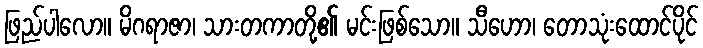
ဖြည်ပါလော။ မိဂရာဇာ၊ သားတကာတို့၏ မင်းဖြစ်သော။ သီဟော၊ တောသုံးထောင်ပိုင်